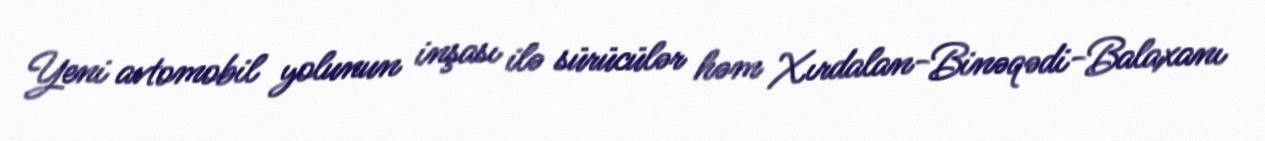
Yeni avtomobil yolunun inşası ilə sürücülər həm Xırdalan-Binəqədi-Balaxanı